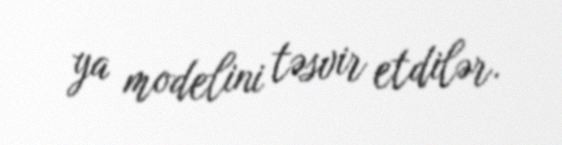
ya modelini təsvir etdilər.